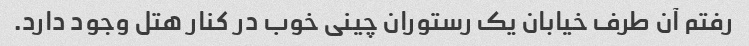
رفتم آن طرف خیابان یک رستوران چینی خوب در کنار هتل وجود دارد.